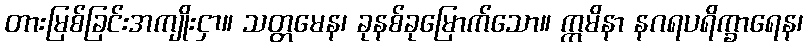
တားမြစ်ခြင်းအကျိုးငှာ။ သတ္တမေန၊ ခုနစ်ခုမြောက်သော။ ဣမိနာ နဂရပရိက္ခာရေန၊